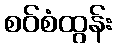
စဝ်စံထွန်း